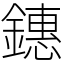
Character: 鏸